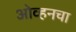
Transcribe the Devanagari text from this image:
ओव्हनचा